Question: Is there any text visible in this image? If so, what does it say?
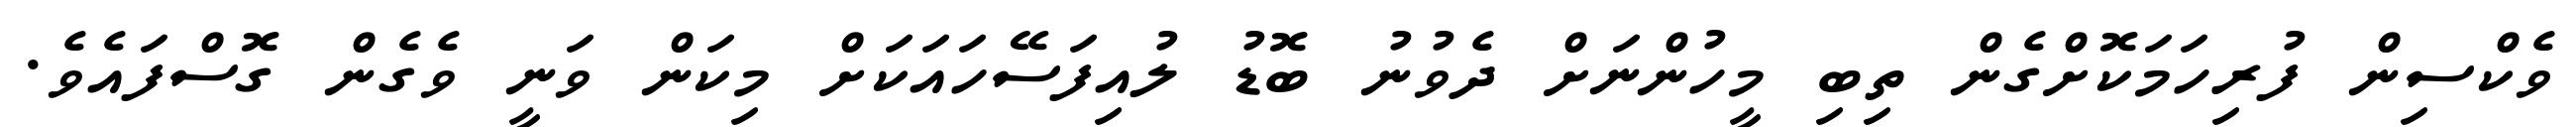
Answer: ވެކްސިން ފުރިހަމަކޮށްގެން ތިބި މީހުންނަށް ދެވުނު ބޮޑު ލުއިފަސޭހައަކަށް މިކަން ވަނީ ވެގެން ގޮސްފައެވެ.